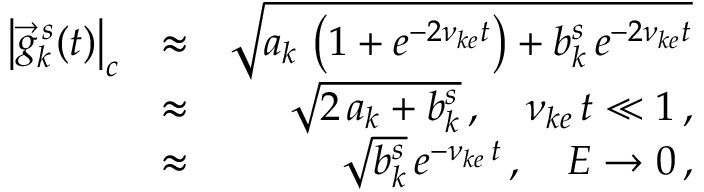
\begin{array} { r l r } { \left| \vec { g } _ { k } ^ { \, s } ( t ) \right| _ { c } } & { \approx } & { \sqrt { a _ { k } \, \left( 1 + e ^ { - 2 \nu _ { k e } t } \right) + b _ { k } ^ { s } \, e ^ { - 2 \nu _ { k e } t } } } \\ & { \approx } & { \sqrt { 2 \, a _ { k } + b _ { k } ^ { s } } \, , \quad \nu _ { k e } \, t \ll 1 \, , } \\ & { \approx } & { \sqrt { b _ { k } ^ { s } } \, e ^ { - \nu _ { k e } \, t } \, , \quad E \rightarrow 0 \, , } \end{array}